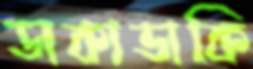
ডাকাডাকি